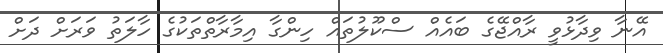
އޭނާ ވިދާޅުވީ ރާއްޖޭގެ ބައެއް ސްކޫލުތައް ހިންގާ އިމާރާތްތަކުގެ ހާލަތު ވަރަށް ދަށް